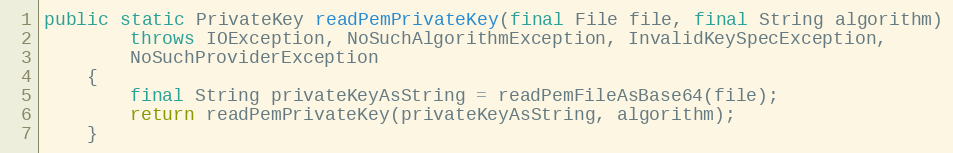
Language: Java
public static PrivateKey readPemPrivateKey(final File file, final String algorithm)
		throws IOException, NoSuchAlgorithmException, InvalidKeySpecException,
		NoSuchProviderException
	{
		final String privateKeyAsString = readPemFileAsBase64(file);
		return readPemPrivateKey(privateKeyAsString, algorithm);
	}